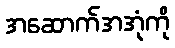
အဆောက်အအုံကို